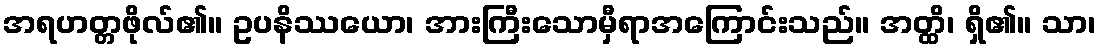
အရဟတ္တဖိုလ်၏။ ဥပနိဿယော၊ အားကြီးသောမှီရာအကြောင်းသည်။ အတ္ထိ၊ ရှိ၏။ သာ၊